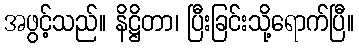
အဖွင့်သည်။ နိဋ္ဌိတာ၊ ပြီးခြင်းသို့ရောက်ပြီ။